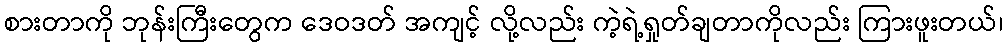
စားတာကို ဘုန်းကြီးတွေက ဒေဝဒတ် အကျင့် လို့လည်း ကဲ့ရဲ့ရှုတ်ချတာကိုလည်း ကြားဖူးတယ်၊